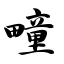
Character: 疃